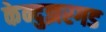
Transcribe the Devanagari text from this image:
केन्दुझरगड